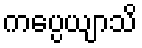
ကပ္ပေယျာသိ